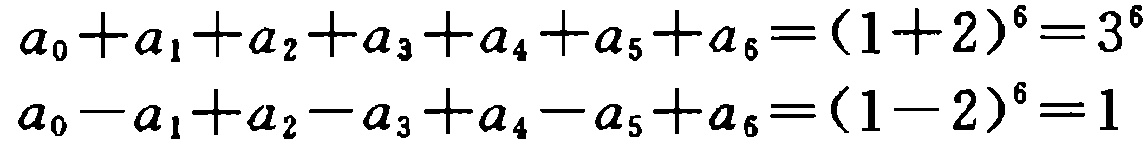
\[

\begin{align*}

a_{0}+a_{1}+a_{2}+a_{3}+a_{4}+a_{5}+a_{6}&=(1 + 2)^{6}=3^{6}\\

a_{0}-a_{1}+a_{2}-a_{3}+a_{4}-a_{5}+a_{6}&=(1 - 2)^{6}=1

\end{align*}

\]